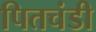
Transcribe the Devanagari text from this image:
पितचंडी